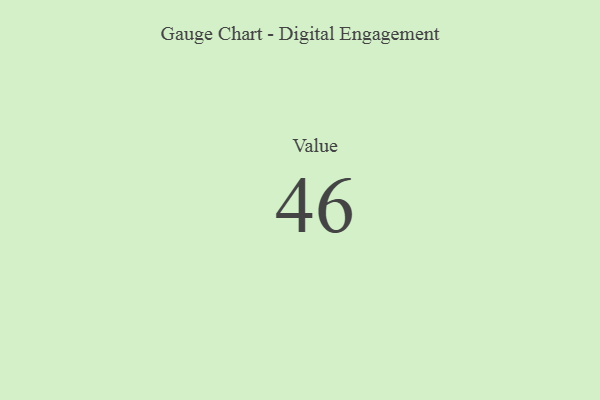
{"axis": {"x": "Metric", "y": "Value"}, "legend": [""], "data": [{"x": "Value", "y": 46, "type": ""}]}